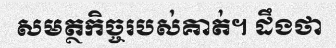
សមត្ថកិច្ចរបស់គាត់។ ដឹងថា